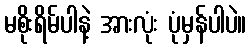
မစိုးရိမ်ပါနဲ့ အားလုံး ပုံမှန်ပါပဲ။